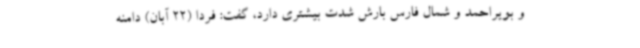
و بویراحمد و شمال فارس بارش شدت بیشتری دارد، گفت: فردا (22 آبان) دامنه